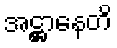
အဋ္ဌာနေတိ